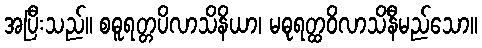
အပြီးသည်။ စဓူရတ္တပိလာသိနိယာ၊ မဓုရတ္ထဝိလာသိနီမည်သော။